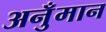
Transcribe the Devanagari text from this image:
अनुँमान